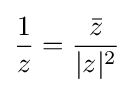
{\frac {1}{z}}={\frac {\bar {z}}{|z|^{2}}}